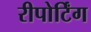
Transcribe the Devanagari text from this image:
रीपोर्टिंग